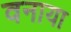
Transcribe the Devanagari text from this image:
वनाया